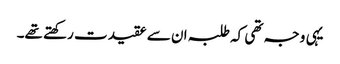
یہی وجہ تھی کہ طلبہ ان سے عقیدت رکھتے تھے۔